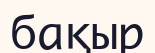
бақыр